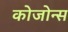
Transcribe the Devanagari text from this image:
कोजोन्स